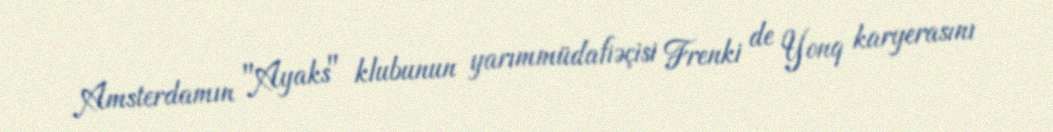
Amsterdamın "Ayaks" klubunun yarımmüdafiəçisi Frenki de Yonq karyerasını